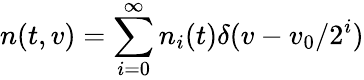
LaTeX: n(t,v)=\sum_{i=0}^{\infty}n_{i}(t)\delta(v-v_{0}/2^{i})